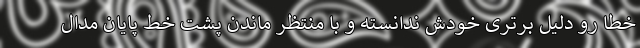
خطا رو دليلِ برترىِ خودش ندانسته و با منتظر ماندن پشت خط پايان مدال